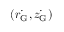
( \dot { r _ { \mathrm { G } } } , \dot { z _ { \mathrm { G } } } )